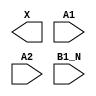
module sky130_fd_sc_hdll__a21bo (
    X   ,
    A1  ,
    A2  ,
    B1_N
);

    output X   ;
    input  A1  ;
    input  A2  ;
    input  B1_N;

    // Voltage supply signals
    supply1 VPWR;
    supply0 VGND;
    supply1 VPB ;
    supply0 VNB ;

endmodule